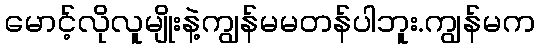
မောင့်လိုလူမျိုးနဲ့ကျွန်မမတန်ပါဘူး.ကျွန်မက